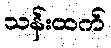
သန်းထက်